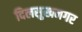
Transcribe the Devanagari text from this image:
दिलसुखनगर